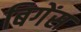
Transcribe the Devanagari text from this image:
बिगेंस